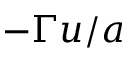
- \Gamma u / a